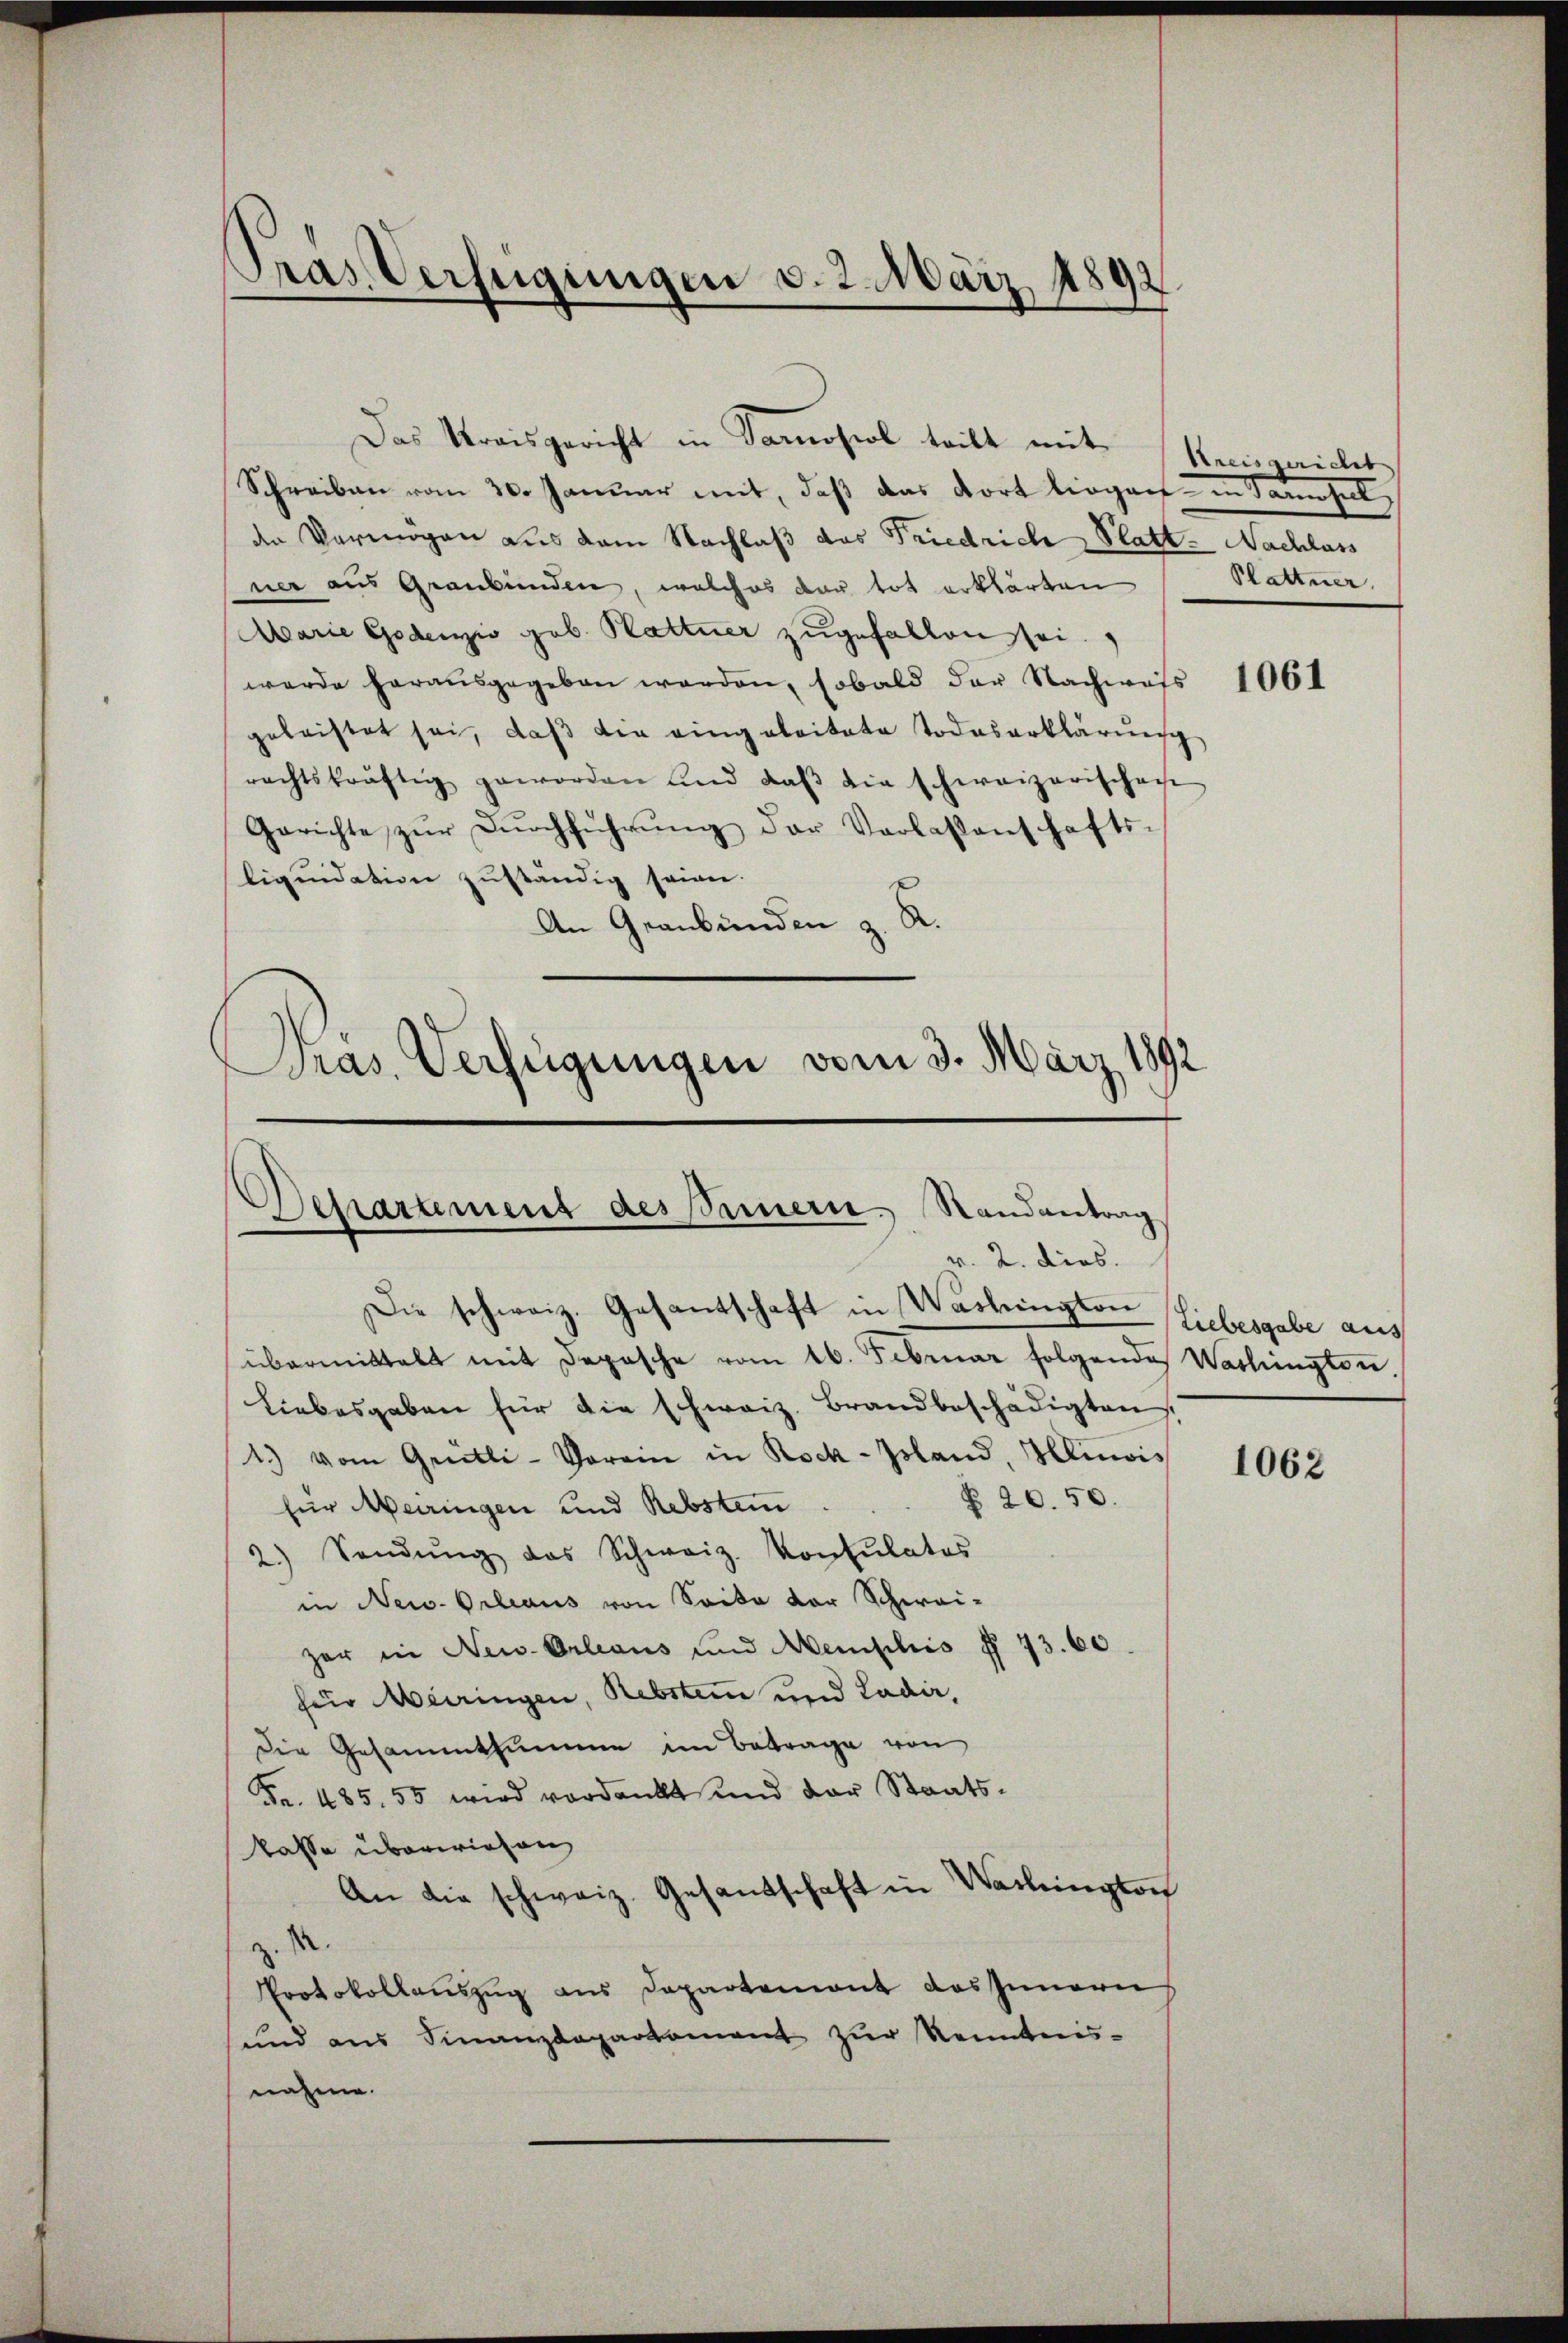
Tras Verfügungen v. 2. März 18892.
d

Das Kreisgericht in Samoseol tritt mit Reispieles
Schreiben vom 30. Januar mit, daß das dort liegen in Tannhal
den Vermögen aus dem Nachlaß das Friedrich Platt. Nachlass
ner aus Graubünden, welches dar tot erklärten
Marie Godenzio geb. Hattner zugefallen sei.
werde herausgegeben werden, sobald der Nachwass
geleistet sei, daß die eingeleitete Todeserklärung
rachtskräftig geworden und daβ die schweizerischen
Gerichte zŭr Dŭrchführŭng der Verlaßenschafts-
liquidation zuständig seinen.
An Graubünden z. R.
Pras. Verfügungen vom 3. März 1892

Departement des Sammern. Randantrag
v. 2. dies.
Die schweiz. Gasantschaft in Washington
übermittelt mit Depesche vom 16. Februar folgende Washington.

Liebesgaben für die schweiz. Brandbeschädigten
1) vom Grütli-Vorrin in Rock-Island, Hluois
§ 20. 50.
für Meiringen und Rebsten.
2.) Sendŭng das Schweiz. Konsulatos
in New-Orleaus von Seite vor Schwei-
zer in New-Orleaus und Memphiis § 73. 60.
fer Meiringen, Rebsten und Ladir,
Die Gesammtsummen im Betrage von
Fr. 485. 55 wird verdankt und der Staatskasse überwiesen
An die schweiz. Gesandschaft in Washington
d
Protokollauszug aus Departement das Innern
und aus Finanzdepartamant zur Kenntnis-
nahme.

Pattner.

1061

Liebesgabe aus

1062